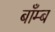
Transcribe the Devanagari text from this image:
बाँम्ब